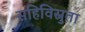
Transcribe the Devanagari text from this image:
सहिविस्नुता